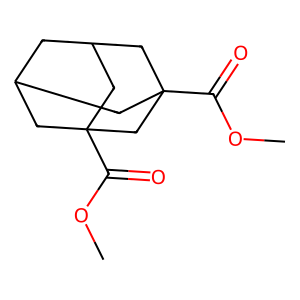
SMILES: COC(=O)C12CC3CC(C1)CC(C(=O)OC)(C3)C2
Inhibits HIV replication: No